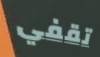
تقفي